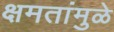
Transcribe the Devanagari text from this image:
क्षमतांमुळे